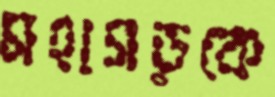
মহাসড়কে